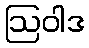
ဩဝါဒ